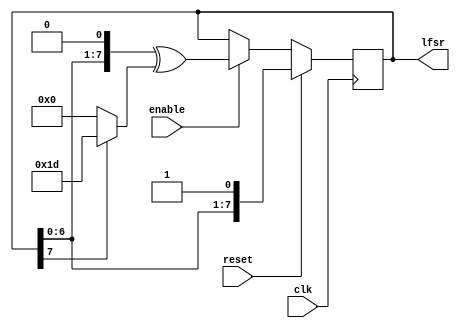
// This program was cloned from: https://github.com/sehugg/fpga-examples
// License: Creative Commons Zero v1.0 Universal


`ifndef LFSR_V
`define LFSR_V

/*
Configurable Linear Feedback Shift Register.
*/

module LFSR(clk, reset, enable, lfsr);
  
  parameter NBITS  = 8;         // bit width
  parameter TAPS   = 8'b11101;	// bitmask for taps
  parameter INVERT = 0;		// invert feedback bit?
  
  input clk, reset;
  input enable;			// only perform shift when enable=1
  output reg [NBITS-1:0] lfsr;  // shift register

  wire feedback = lfsr[NBITS-1] ^ INVERT;

  always @(posedge clk)
  begin
    if (reset)
      lfsr <= {lfsr[NBITS-2:0], 1'b1}; // reset loads with all 1s
    else if (enable)
      lfsr <= {lfsr[NBITS-2:0], 1'b0} ^ (feedback ? TAPS : 0);
  end

endmodule

`endif